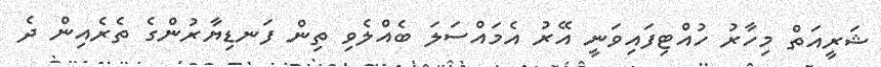
ޝަރީއަތް މިހާރު ހުއްޓިފައިވަނީ އޭރު އެމައްސަލަ ބެއްލެވި ތިން ފަނޑިޔާރުންގެ ތެރެއިން ދެ